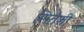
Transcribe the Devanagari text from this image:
सितेशी